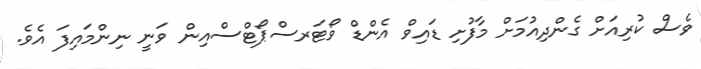
ވެސް ކުރިއަށް ގެންދިއުމަށް މާފުށި ޑައިވް އެންޑް ވޯޓަރސްޕޯޓްސްއިން ވަނީ ނިންމައިފަ އެވެ.